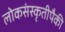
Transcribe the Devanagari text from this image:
लोकसंस्कृतीपैकी